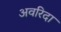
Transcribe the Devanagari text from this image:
अवरिदा